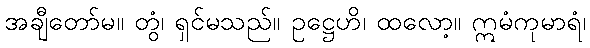
အချီတော်မ။ တွံ၊ ရှင်မသည်။ ဥဋ္ဌေဟိ၊ ထလော့။ ဣမံကုမာရံ၊